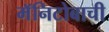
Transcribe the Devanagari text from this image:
मॅनिटोबाची